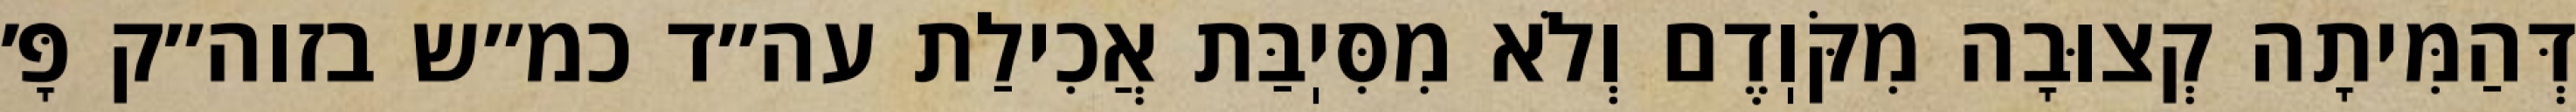
דְּהַמִּיתָה קְצוּבָה מִקֹּוֽדֶם וְלֹא מִסִּיֽבַּת אֲכִילַת עה״ד כמ״ש בזוה״ק פָּ׳